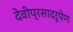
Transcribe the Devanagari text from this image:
देवीप्रसादरूपेण